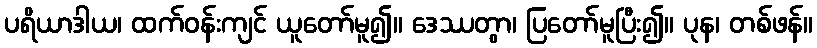
ပရိယာဒါယ၊ ထက်ဝန်းကျင် ယူတော်မူ၍။ ဒေဿတွာ၊ ပြတော်မူပြီး၍။ ပုန၊ တစ်ဖန်။